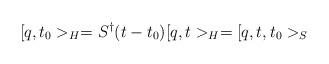
LaTeX: \begin{align*}[ q , t_0 >_H = S^{\dagger} (t - t_0 ) [ q , t >_H = [ q , t , t_0 >_S\end{align*}